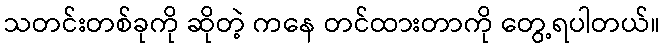
သတင်းတစ်ခုကို ဆိုတဲ့ ကနေ တင်ထားတာကို တွေ့ရပါတယ်။